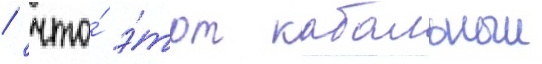
/ что́ э́тот кабальныи